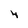
Character: 4